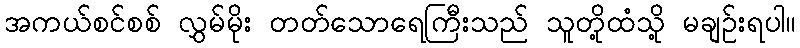
အကယ်စင်စစ် လွှမ်မိုး တတ်သောရေကြီးသည် သူတို့ထံသို့ မချဉ်းရပါ။